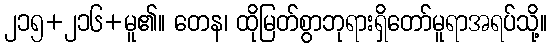
၂၁၅+၂၁၆+မူ၏။ တေန၊ ထိုမြတ်စွာဘုရားရှိတော်မူရာအရပ်သို့။